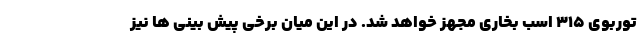
توربوی 315 اسب بخاری مجهز خواهد شد. در این میان برخی پیش بینی ها نیز